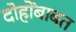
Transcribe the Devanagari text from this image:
दोहोंबाबत